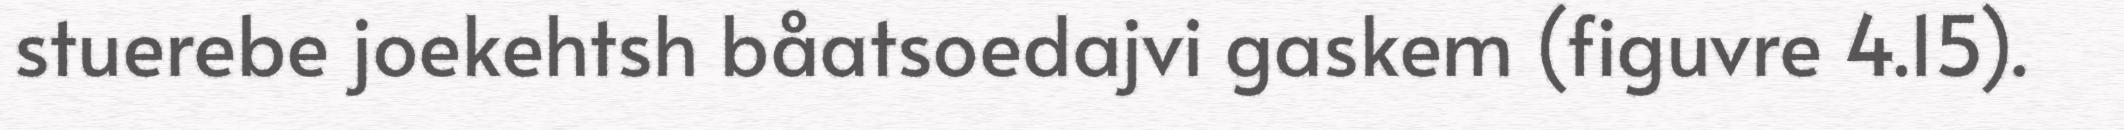
stuerebe joekehtsh båatsoedajvi gaskem (figuvre 4.15).